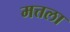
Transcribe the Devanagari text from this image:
मत्तला